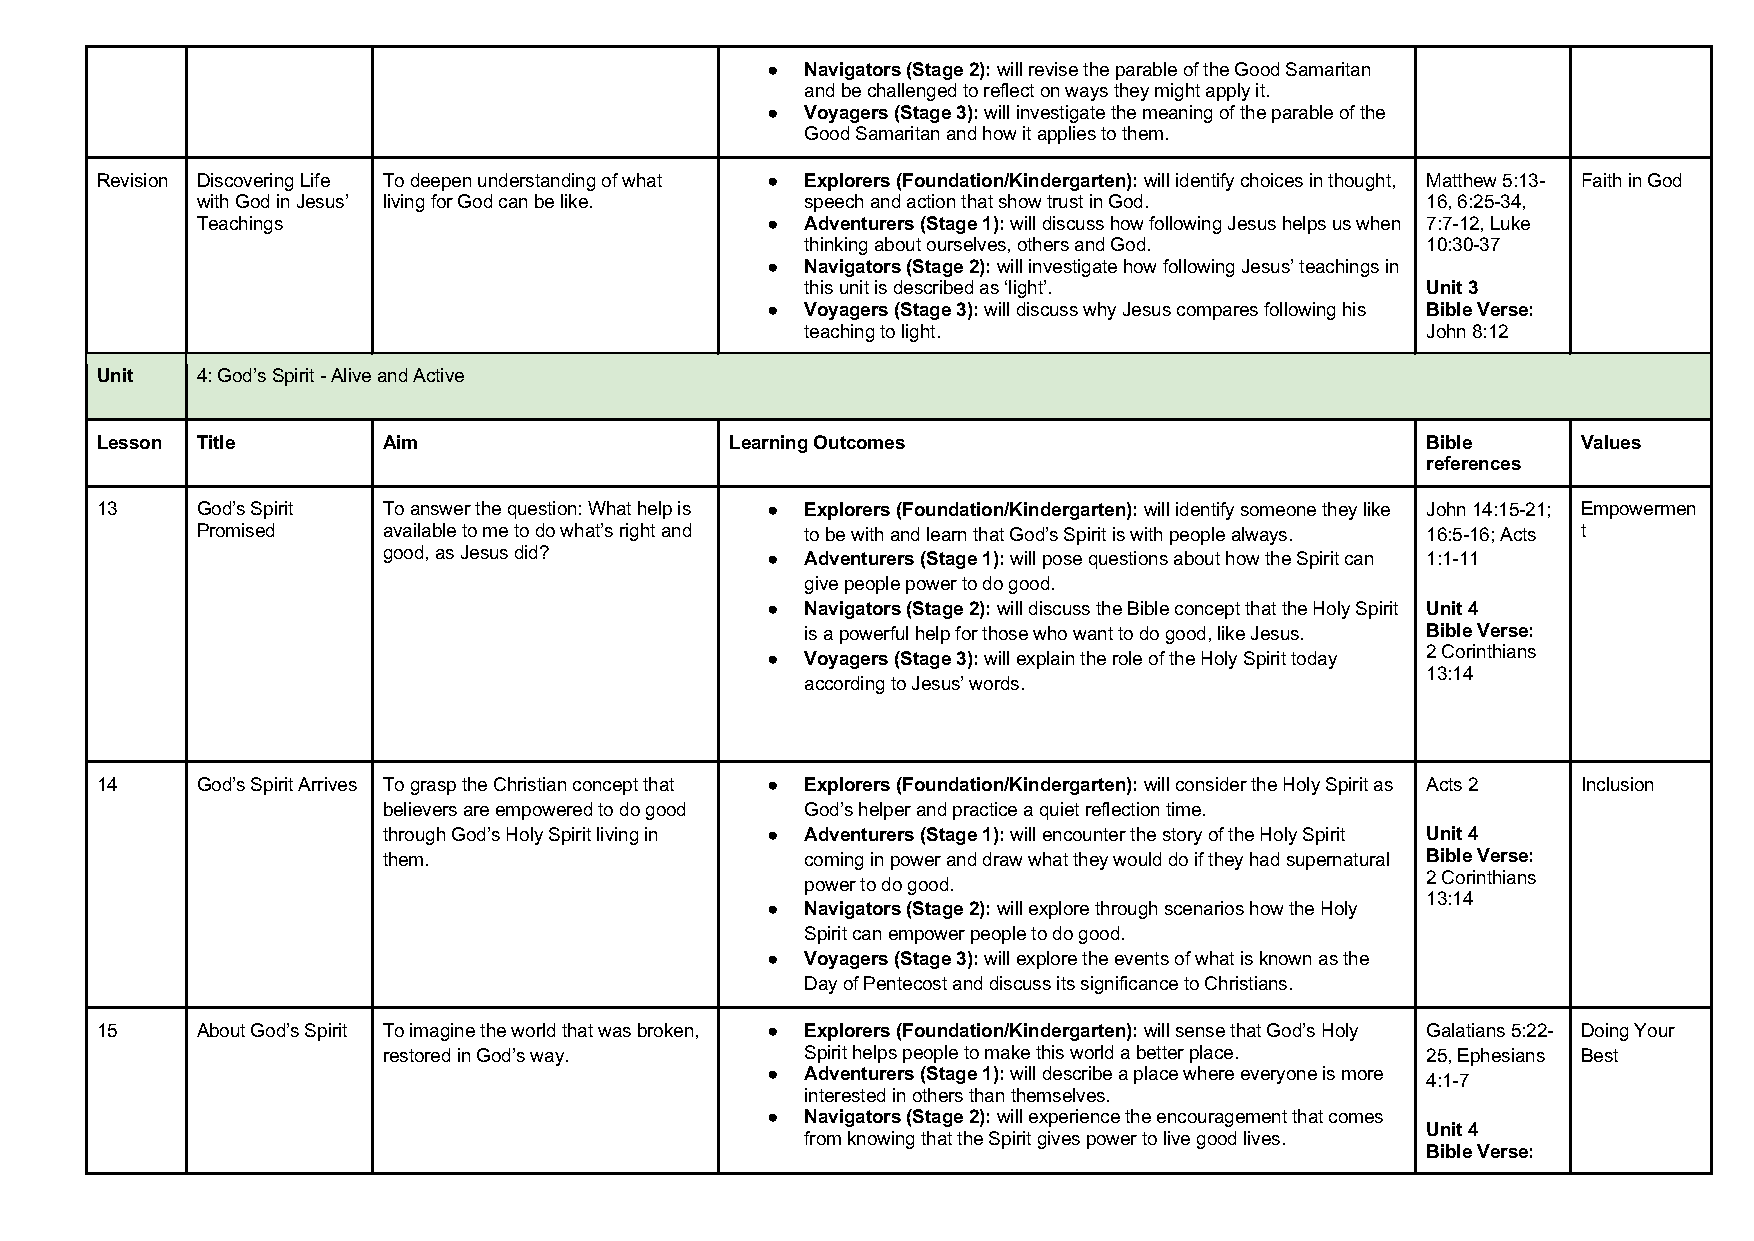
● Navigators (Stage 2): will revise the parable of the Good Samaritan
 and be challenged to reflect on ways they might apply it.
 ● Voyagers (Stage 3): will investigate the meaning of the parable of the
 Good Samaritan and how it applies to them.
 Revision Discovering Life To deepen understanding of what ● Explorers (Foundation/Kindergarten): will identify choices in thought, Matthew 5:13- Faith in God
 with God in Jesus’ living for God can be like. speech and action that show trust in God. 16, 6:25-34,
 Teachings                             ● Adventurers (Stage 1): will discuss how following Jesus helps us when 7:7-12, Luke
 thinking about ourselves, others and God. 10:30-37
 ● Navigators (Stage 2): will investigate how following Jesus’ teachings in
 this unit is described as ‘light’.       Unit 3
 ● Voyagers (Stage 3): will discuss why Jesus compares following his Bible Verse:
 teaching to light.                       John 8:12
 Unit   4: God’s Spirit - Alive and Active
 Lesson Title       Aim                    Learning Outcomes                             Bible      Values
 references
 13     God’s Spirit To answer the question: What help is ● Explorers (Foundation/Kindergarten): will identify someone they like John 14:15-21; Empowermen
 Promised    available to me to do what’s right and to be with and learn that God’s Spirit is with people always. 16:5-16; Acts t
 good, as Jesus did?
 ● Adventurers (Stage 1): will pose questions about how the Spirit can 1:1-11
 give people power to do good.
 ● Navigators (Stage 2): will discuss the Bible concept that the Holy Spirit Unit 4
 is a powerful help for those who want to do good, like Jesus. Bible Verse:
 2 Corinthians
 ● Voyagers (Stage 3): will explain the role of the Holy Spirit today
 13:14
 according to Jesus’ words.
 14     God’s Spirit Arrives To grasp the Christian concept that ● Explorers (Foundation/Kindergarten): will consider the Holy Spirit as Acts 2 Inclusion
 believers are empowered to do good God’s helper and practice a quiet reflection time.
 through God’s Holy Spirit living in ● Adventurers (Stage 1): will encounter the story of the Holy Spirit Unit 4
 them.                       coming in power and draw what they would do if they had supernatural Bible Verse:
 2 Corinthians
 power to do good.
 13:14
 ● Navigators (Stage 2): will explore through scenarios how the Holy
 Spirit can empower people to do good.
 ● Voyagers (Stage 3): will explore the events of what is known as the
 Day of Pentecost and discuss its significance to Christians.
 15     About God’s Spirit To imagine the world that was broken, ● Explorers (Foundation/Kindergarten): will sense that God’s Holy Galatians 5:22- Doing Your
 restored in God’s way.      Spirit helps people to make this world a better place. 25, Ephesians Best
 ● Adventurers (Stage 1): will describe a place where everyone is more
 4:1-7
 interested in others than themselves.
 ● Navigators (Stage 2): will experience the encouragement that comes
 Unit 4
 from knowing that the Spirit gives power to live good lives.
 Bible Verse: